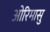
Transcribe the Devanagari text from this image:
ओरिमासु